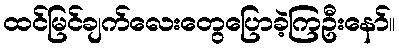
ထင်မြင်ချက်လေးတွေပြောခဲ့ကြဦးနော်။